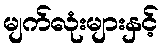
မျက်လုံးများနှင့်